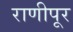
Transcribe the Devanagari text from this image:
राणीपूर